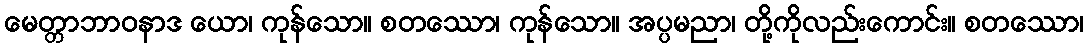
မေတ္တာဘာဝနာဒ ယော၊ ကုန်သော။ စတဿော၊ ကုန်သော။ အပ္ပမညာ၊ တို့ကိုလည်းကောင်း။ စတဿော၊